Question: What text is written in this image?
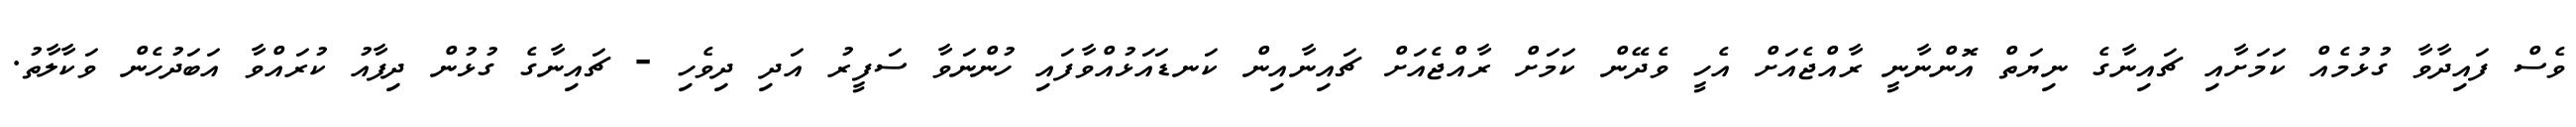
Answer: ވެސް ފައިދާވާ ގުޅުމެއް ކަމަށާއި ޗައިނާގެ ނިޔަތް އޮންނާނީ ރާއްޖެއަށް އެހީ ވެދޭން ކަމަށް ރާއްޖެއަށް ޗައިނާއިން ކަނޑައަޅުއްވާފައި ހުންނަވާ ސަފީރު އަދި ދިވެހި - ޗައިނާގެ ގުޅުން ދިފާއު ކުރައްވާ އަބަދުހެން ވަކާލާތު.